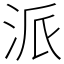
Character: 派